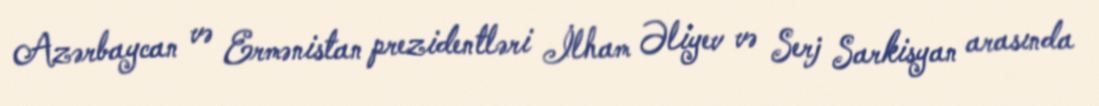
Azərbaycan və Ermənistan prezidentləri İlham Əliyev və Serj Sarkisyan arasında